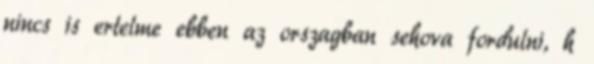
nincs is ertelme ebben az orszagban sehova fordulni, h